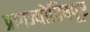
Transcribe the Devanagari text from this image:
प्रागज्योतिषपूर